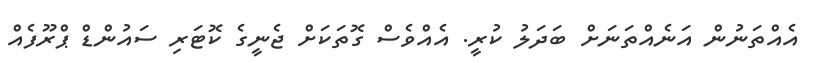
އެއްތަނުން އަނެއްތަނަށް ބަދަލު ކުރީ. އެއްވެސް ގޮތަކަށް ޖެނީގެ ކޮޓަރި ސައުންޑް ޕްރޫފެއް